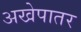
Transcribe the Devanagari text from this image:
अखेपातर